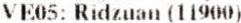
VE05: RIDZUAN (11900)